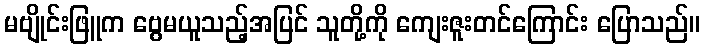
မဗျိုင်းဖြူက ဗွေမယူသည့်အပြင် သူတို့ကို ကျေးဇူးတင်ကြောင်း ပြောသည်။